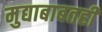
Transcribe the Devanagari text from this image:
मुद्याबाबतही